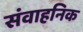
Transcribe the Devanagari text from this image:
संवाहनिक